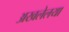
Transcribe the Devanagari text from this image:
अखलेलया